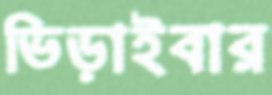
ভিড়াইবার